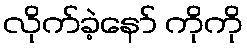
လိုက်ခဲ့နော် ကိုကို